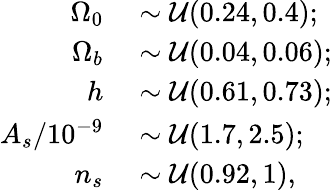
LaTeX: \begin{array}{rl}{\Omega_{0}}&{{}\sim\mathcal{U}(0.24,0.4);}\\ {\Omega_{b}}&{{}\sim\mathcal{U}(0.04,0.06);}\\ {h}&{{}\sim\mathcal{U}(0.61,0.73);}\\ {A_{s}/10^{-9}}&{{}\sim\mathcal{U}(1.7,2.5);}\\ {n_{s}}&{{}\sim\mathcal{U}(0.92,1),}\end{array}